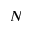
N